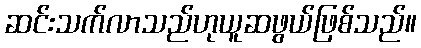
ဆင်းသက်လာသည်ဟုယူဆဖွယ်ဖြစ်သည်။